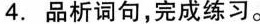
4. 品析词句，完成练习。